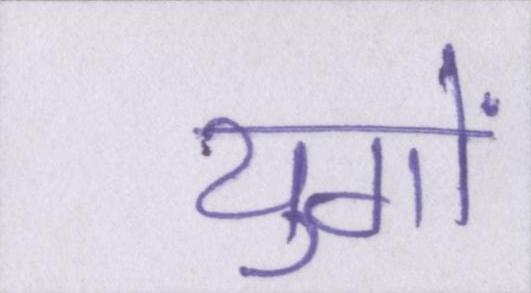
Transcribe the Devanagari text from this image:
युगों